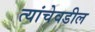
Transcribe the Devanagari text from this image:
त्यांचेवडील